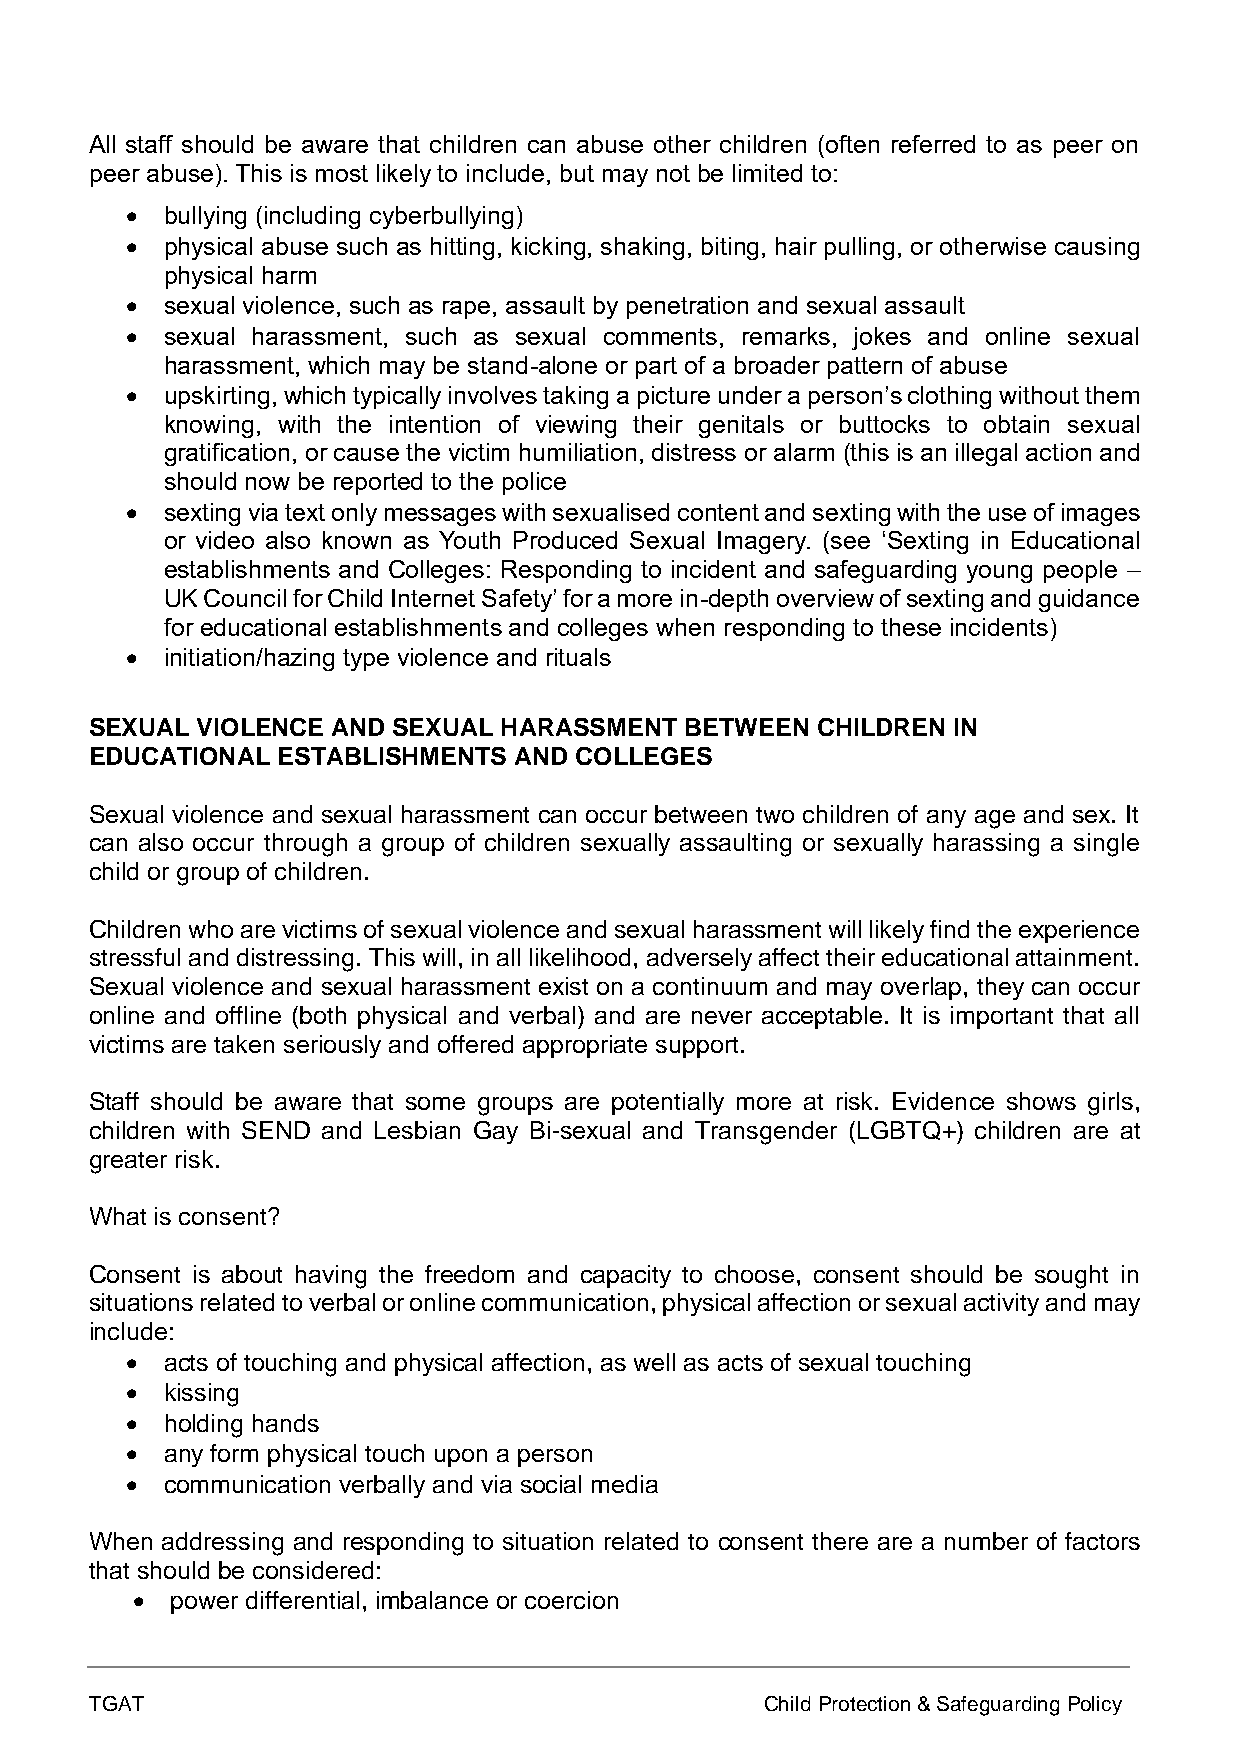
All staff should be aware that children can abuse other children (often referred to as peer on
 peer abuse). This is most likely to include, but may not be limited to:
 •  bullying (including cyberbullying)
 •  physical abuse such as hitting, kicking, shaking, biting, hair pulling, or otherwise causing
 physical harm
 •  sexual violence, such as rape, assault by penetration and sexual assault
 •  sexual harassment, such as sexual comments, remarks, jokes and online sexual
 harassment, which may be stand-alone or part of a broader pattern of abuse
 •  upskirting, which typically involves taking a picture under a person’s clothing without them
 knowing, with the intention of viewing their genitals or buttocks to obtain sexual
 gratification, or cause the victim humiliation, distress or alarm (this is an illegal action and
 should now be reported to the police
 •  sexting via text only messages with sexualised content and sexting with the use of images
 or video also known as Youth Produced Sexual Imagery. (see ‘Sexting in Educational
 establishments and Colleges: Responding to incident and safeguarding young people –
 UK Council for Child Internet Safety’ for a more in-depth overview of sexting and guidance
 for educational establishments and colleges when responding to these incidents)
 •  initiation/hazing type violence and rituals
 SEXUAL VIOLENCE AND SEXUAL HARASSMENT  BETWEEN  CHILDREN IN
 EDUCATIONAL ESTABLISHMENTS  AND COLLEGES
 Sexual violence and sexual harassment can occur between two children of any age and sex. It
 can also occur through a group of children sexually assaulting or sexually harassing a single
 child or group of children.
 Children who are victims of sexual violence and sexual harassment will likely find the experience
 stressful and distressing. This will, in all likelihood, adversely affect their educational attainment.
 Sexual violence and sexual harassment exist on a continuum and may overlap, they can occur
 online and offline (both physical and verbal) and are never acceptable. It is important that all
 victims are taken seriously and offered appropriate support.
 Staff should be aware that some groups are potentially more at risk. Evidence shows girls,
 children with SEND and Lesbian Gay Bi-sexual and Transgender (LGBTQ+) children are at
 greater risk.
 What is consent?
 Consent is about having the freedom and capacity to choose, consent should be sought in
 situations related to verbal or online communication, physical affection or sexual activity and may
 include:
 •  acts of touching and physical affection, as well as acts of sexual touching
 •  kissing
 •  holding hands
 •  any form physical touch upon a person
 •  communication verbally and via social media
 When addressing and responding to situation related to consent there are a number of factors
 that should be considered:
 • power differential, imbalance or coercion
 TGAT                                         Child Protection & Safeguarding Policy